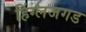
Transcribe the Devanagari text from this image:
हिंग्लजगड